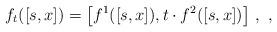
LaTeX: \begin{align*}f_t([s,x]) = \bigl[ f^1([s,x]), t\cdot f^2([s,x])\bigr]~, ~,\end{align*}